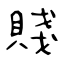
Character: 賤